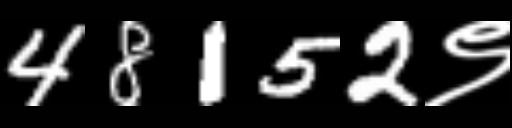
Text: 48152९